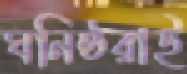
ঘনিষ্ঠরাই